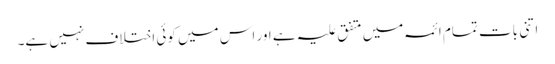
اتنی بات تمام ائمہ میں متفق علیہ ہے اور اس میں کوئی اختلاف نہیں ہے۔